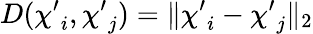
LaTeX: D({\mathbf\chi^{\prime}}_{i},{\mathbf\chi^{\prime}}_{j})=\| {\mathbf\chi^{\prime}}_{i}-{\mathbf\chi^{\prime}}_{j}\| _{2}